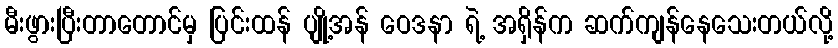
မီးဖွားပြီးတာတောင်မှ ပြင်းထန် ပျို့အန် ဝေဒနာ ရဲ့ အရှိန်က ဆက်ကျန်နေသေးတယ်လို့